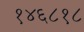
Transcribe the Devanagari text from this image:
१४६८१८